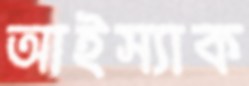
আইস্যাক